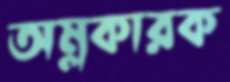
অম্লকারক